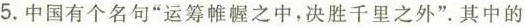
5.中国有个名句”运筹帷幄之中，决胜千里之外”其中的